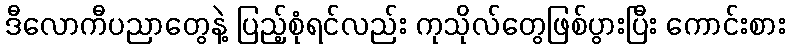
ဒီလောကီပညာတွေနဲ့ ပြည့်စုံရင်လည်း ကုသိုလ်တွေဖြစ်ပွားပြီး ကောင်းစား